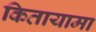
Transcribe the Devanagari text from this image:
कितायामा